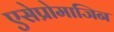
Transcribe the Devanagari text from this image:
एसेप्रोमाजिन